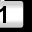
Digit: 1